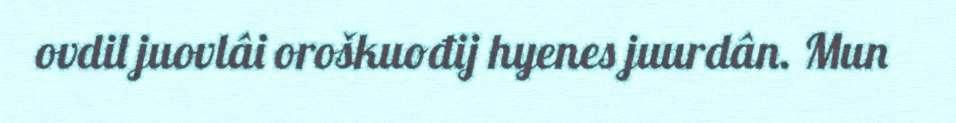
ovdil juovlâi oroškuođij hyenes juurdân. Mun